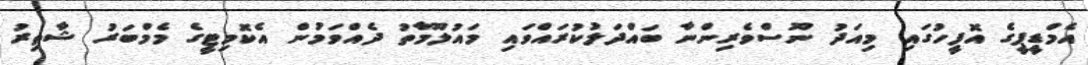
އެމްޑީޕީގެ އޮފީހުގައި މިއަދު ނޫސްވެރިންނާ ބައްދަލުކުރައްވައި މައުލޫމާތު ދެއްވަމުން އެކޮމިޓީގެ މެމްބަރު ޝާތިރު